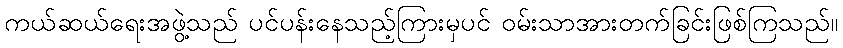
ကယ်ဆယ်ရေးအဖွဲ့သည် ပင်ပန်းနေသည့်ကြားမှပင် ဝမ်းသာအားတက်ခြင်းဖြစ်ကြသည်။